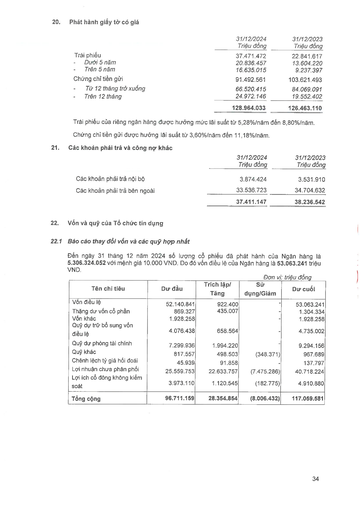
||31/12/2024 Triệu đồng|31/12/2023 Triệu đồng| |---|---|---| |Trái phiếu|37.471.472|22.841.617| |Dưới 5 năm|20.836.457|13.604.220| |- Trên 5 năm|16.635.015|9.237.397| |Chứng chỉ tiền gửi|91.492.561|103.621.493| |Từ 12 tháng trở xuống|66.520.415|84.069.091| |- Trên 12 tháng|24.972.146|19.552.402| ||128.964.033|126.463.110| ||31/12/2024 Triệu đồng|31/12/2023 Triệu đồng| |---|---|---| |Các khoản phải trả nội bộ|3.874.424|3.531.910| |Các khoản phải trả bên ngoài|33.536.723|34.704.632| ||37.411.147|38.236.542| |Tên chỉ tiêu|Dư đầu|Trích lập/Tăng|Sử dụng/Giảm|Dư cuối| |---|---|---|---|---| |Vốn điều lệ|52.140.841|922.400||53.063.241| |Thặng dư vốn cổ phần|869.327|435.007|-|1.304.334| |Vốn khác|1.928.258||-|1.928.258| |Quỹ dự trữ bổ sung vốn điều lệ|4.076.438|658.564||4.735.002| |Quỹ dự phòng tài chính|7.299.936|1.994.220|-|9.294.156| |Quỹ khác|817.557|498.503|(348.371)|967.689| |Chênh lệch tỷ giá hối đoái|45.939|91.858||137.797| |Lợi nhuận chưa phân phối|25.559.753|22.633.757|(7.475.286)|40.718.224| |Lợi ích cổ đông không kiểm soát|3.973.110|1.120.545|(182.775)|4.910.880| |Tổng cộng|96.711.159|28.354.854|(8.006.432)|117.059.581|